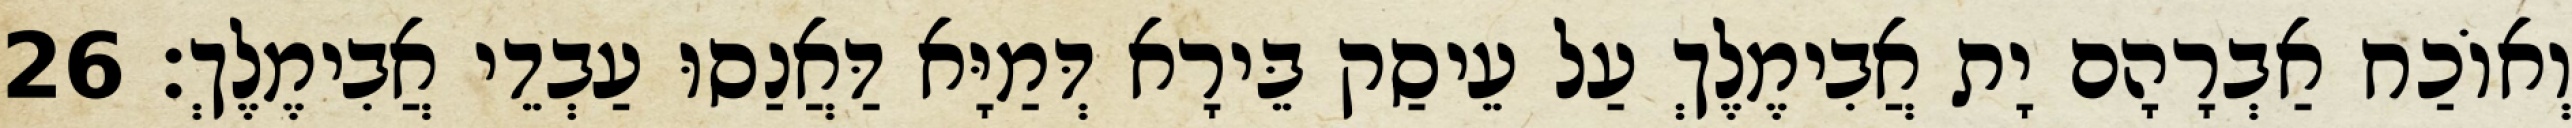
וְאוֹכַח אַבְרָהָם יָת אֲבִימֶלֶךְ עַל עֵיסַק בֵּירָא דְּמַיָּא דַּאֲנַסוּ עַבְדֵי אֲבִימֶלֶךְ׃ 26